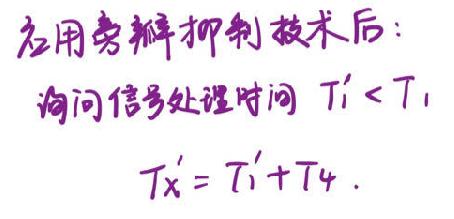
应用旁瓣抑制技术后：
询问信号处理时间 $T_1'<T_1$
$T_x' = T_1'+T_4.$